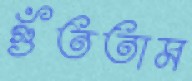
গুঁততাম